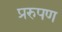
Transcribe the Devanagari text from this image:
प्ररुपण